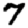
Digit: 7